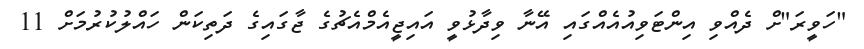
"ހަވީރަ"ށް ދެއްވި އިންޓަވިއުއެއްގައި އޭނާ ވިދާޅުވީ އައިޖީއެމްއެޗުގެ ޖާގައިގެ ދަތިކަން ހައްލުކުރުމަށް 11